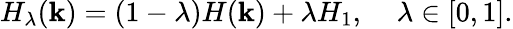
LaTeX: H_{\lambda}(\mathbf k)=(1-\lambda)H(\mathbf k)+\lambda H_{1},\; \; \; \; \lambda\in[0,1].